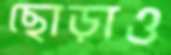
ছোড়াও